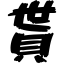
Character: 貰